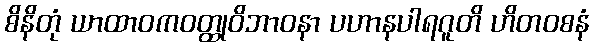
စိနိတုံ ယာထာဝကဝတ္ထုဝိဘာဝနာ ပဟာနပါရဂူတိ ဟိတဝစနံ